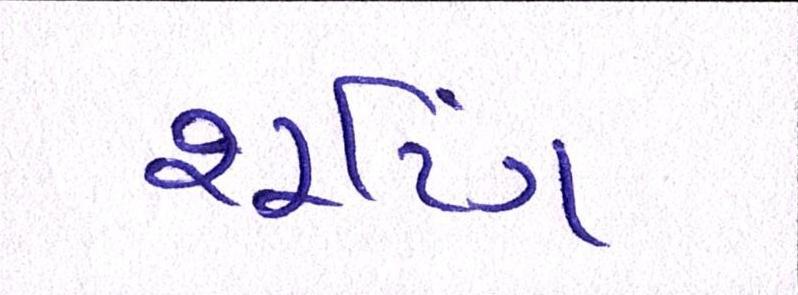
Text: શૂટિંગ